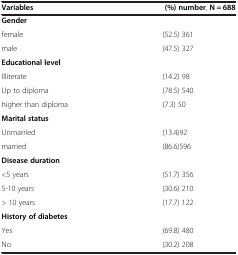
<table><thead><tr><td><b>Variables</b></td><td><b>(%) number, N = 688</b></td></tr></thead><tbody><tr><td><b>Gender</b></td><td> </td></tr><tr><td>female</td><td>(52.5) 361</td></tr><tr><td>male</td><td>(47.5) 327</td></tr><tr><td><b>Educational level</b></td><td> </td></tr><tr><td>Illiterate</td><td>(14.2) 98</td></tr><tr><td>Up to diploma</td><td>(78.5) 540</td></tr><tr><td>higher than diploma</td><td>(7.3) 50</td></tr><tr><td><b>Marital status</b></td><td> </td></tr><tr><td>Unmarried</td><td>(13.4)92</td></tr><tr><td>married</td><td>(86.6)596</td></tr><tr><td><b>Disease duration</b></td><td> </td></tr><tr><td>&lt;5 years</td><td>(51.7) 356</td></tr><tr><td>5-10 years</td><td>(30.6) 210</td></tr><tr><td>&gt; 10 years</td><td>(17.7) 122</td></tr><tr><td><b>History of diabetes</b></td><td> </td></tr><tr><td>Yes</td><td>(69.8) 480</td></tr><tr><td>No</td><td>(30.2) 208</td></tr></tbody></table>